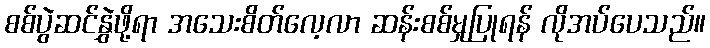
စစ်ပွဲဆင်နွှဲဖို့ရာ အသေးစိတ်လေ့လာ ဆန်းစစ်မှုပြုရန် လိုအပ်ပေသည်။